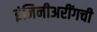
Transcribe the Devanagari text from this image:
इंजिनीअरींगची